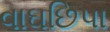
વાઘછિપા